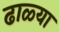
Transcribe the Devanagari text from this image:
ढाळ्या